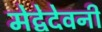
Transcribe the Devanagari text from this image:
मेद्वेदेवनी